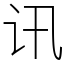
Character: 讯